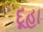
દૂહા